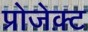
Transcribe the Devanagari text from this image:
प्रोजेक़्ट